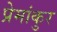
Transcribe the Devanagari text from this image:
प्रेमांकुर